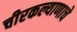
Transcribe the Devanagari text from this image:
चीरकल्याणाचे